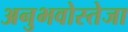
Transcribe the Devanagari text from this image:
अनुभवोस्तेजा